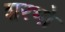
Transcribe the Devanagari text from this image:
शरभो